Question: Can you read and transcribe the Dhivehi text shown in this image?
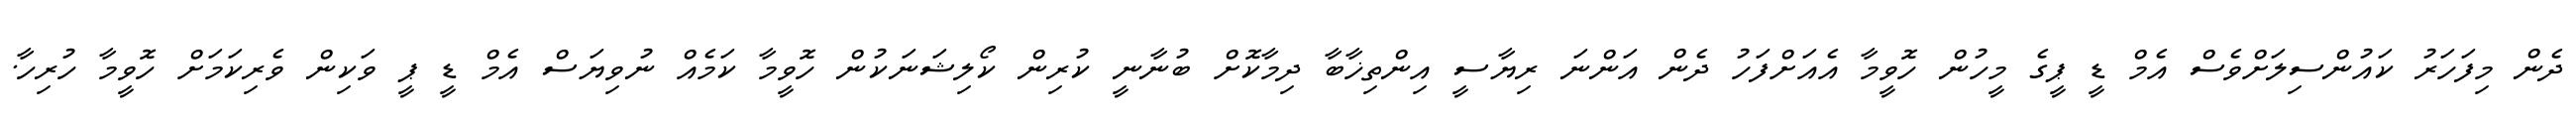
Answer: ދެން މިފަހަރު ކައުންސިލަށްވެސް އެމް ޑީ ޕީގެ މީހުން ހޮވީމާ އެއަށްފަހު ދެން އަންނަ ރިޔާސީ އިންތިޚާބާ ދިމާކޮށް ބުނާނީ ކުރިން ކޯލިޝަނަކުން ހޮވީމާ ކަމެއް ނުވިޔަސް އެމް ޑީ ޕީ ވަކިން ވެރިކަމަށް ހޮވީމާ ހުރިހާ.